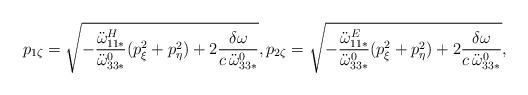
LaTeX: \begin{align*}p_{1\zeta} = \sqrt{-\frac{\ddot{\omega}^H_{11*}}{\ddot{\omega}^0_{33*}}(p_{\xi}^2 + p_{\eta}^2) +2\frac{\delta \omega}{c\,\ddot{\omega}^0_{33*}}}, p_{2\zeta} =\sqrt{-\frac{\ddot{\omega}^E_{11*}}{\ddot{\omega}^0_{33*}}(p_{\xi}^2 + p_{\eta}^2) + 2\frac{\delta\omega}{c\,\ddot{\omega}^0_{33*}}},\end{align*}